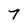
Character: 7